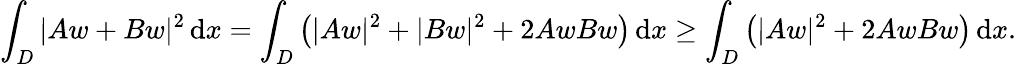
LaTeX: \int_{{D}}|Aw+Bw|^{2}\, \mathrm{d}x=\int_{{D}}\left(|Aw|^{2}+|Bw|^{2}+2AwBw\right)\, \mathrm{d}x\geq\int_{D}\left(|Aw|^{2}+2AwBw\right)\, \mathrm{d}x.